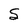
Character: S